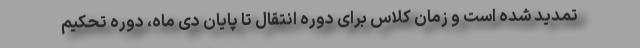
تمدید شده است و زمان کلاس برای دوره انتقال تا پایان دی ماه، دوره تحکیم